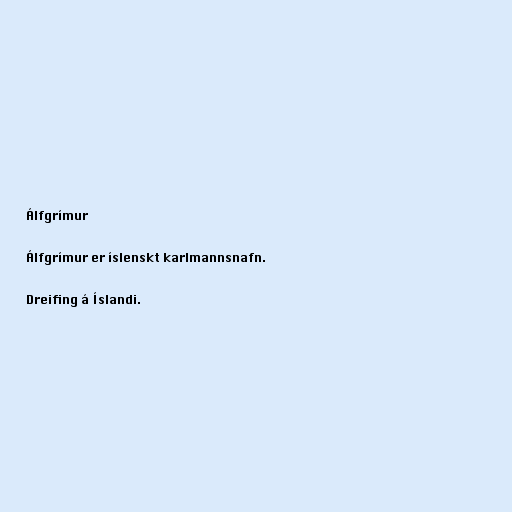
Álfgrímur

Álfgrímur er íslenskt karlmannsnafn.

Dreifing á Íslandi.